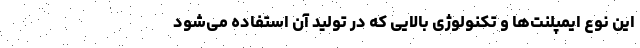
این نوع ایمپلنت­ها و تکنولوژی بالایی که در تولید آن استفاده می­شود